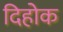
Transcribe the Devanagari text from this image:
दिहोक